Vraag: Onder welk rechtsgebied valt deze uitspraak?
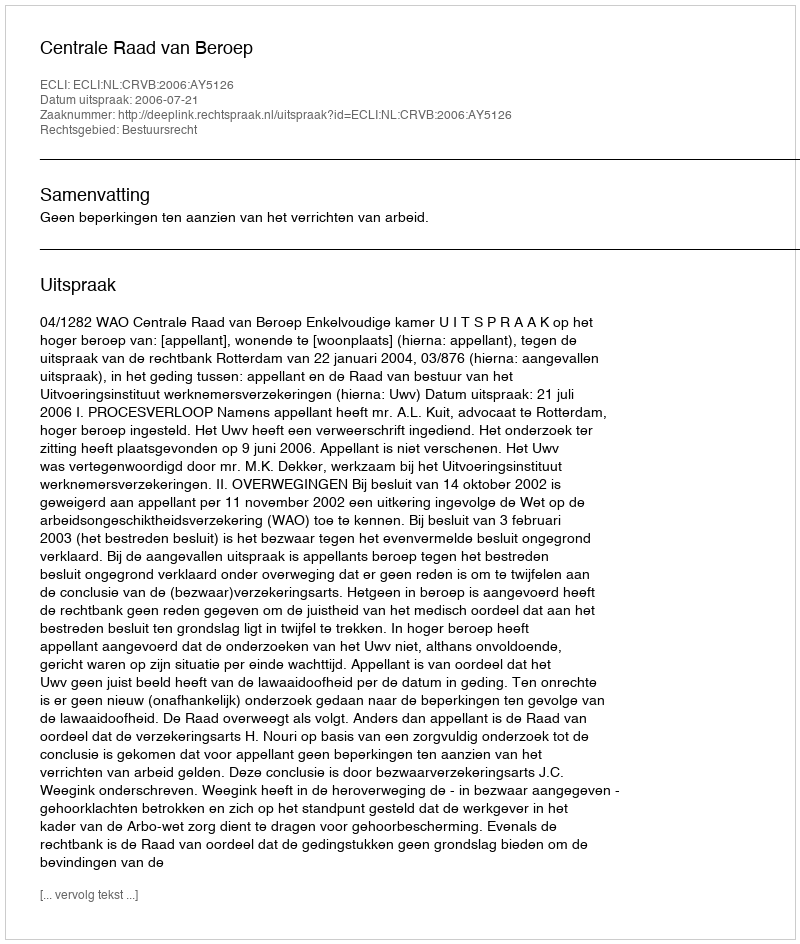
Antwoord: Bestuursrecht